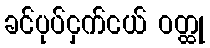
ခင်ပုပ်ငှက်ငယ် ဝတ္ထု